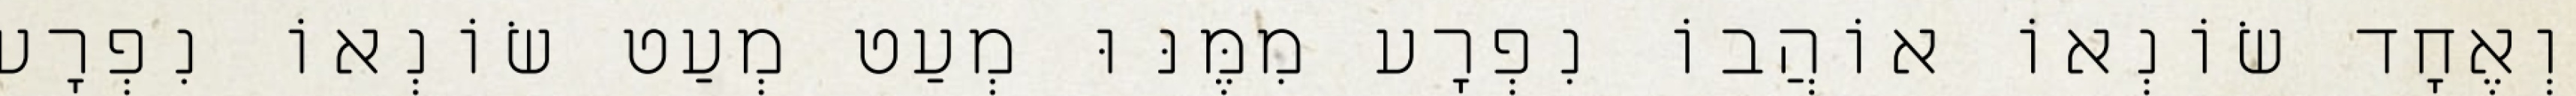
וְאֶחָד שׂוֹנְאוֹ אוֹהֲבוֹ נִפְרָע מִמֶּנּוּ מְעַט מְעַט שׂוֹנְאוֹ נִפְרָע